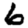
Digit: 6